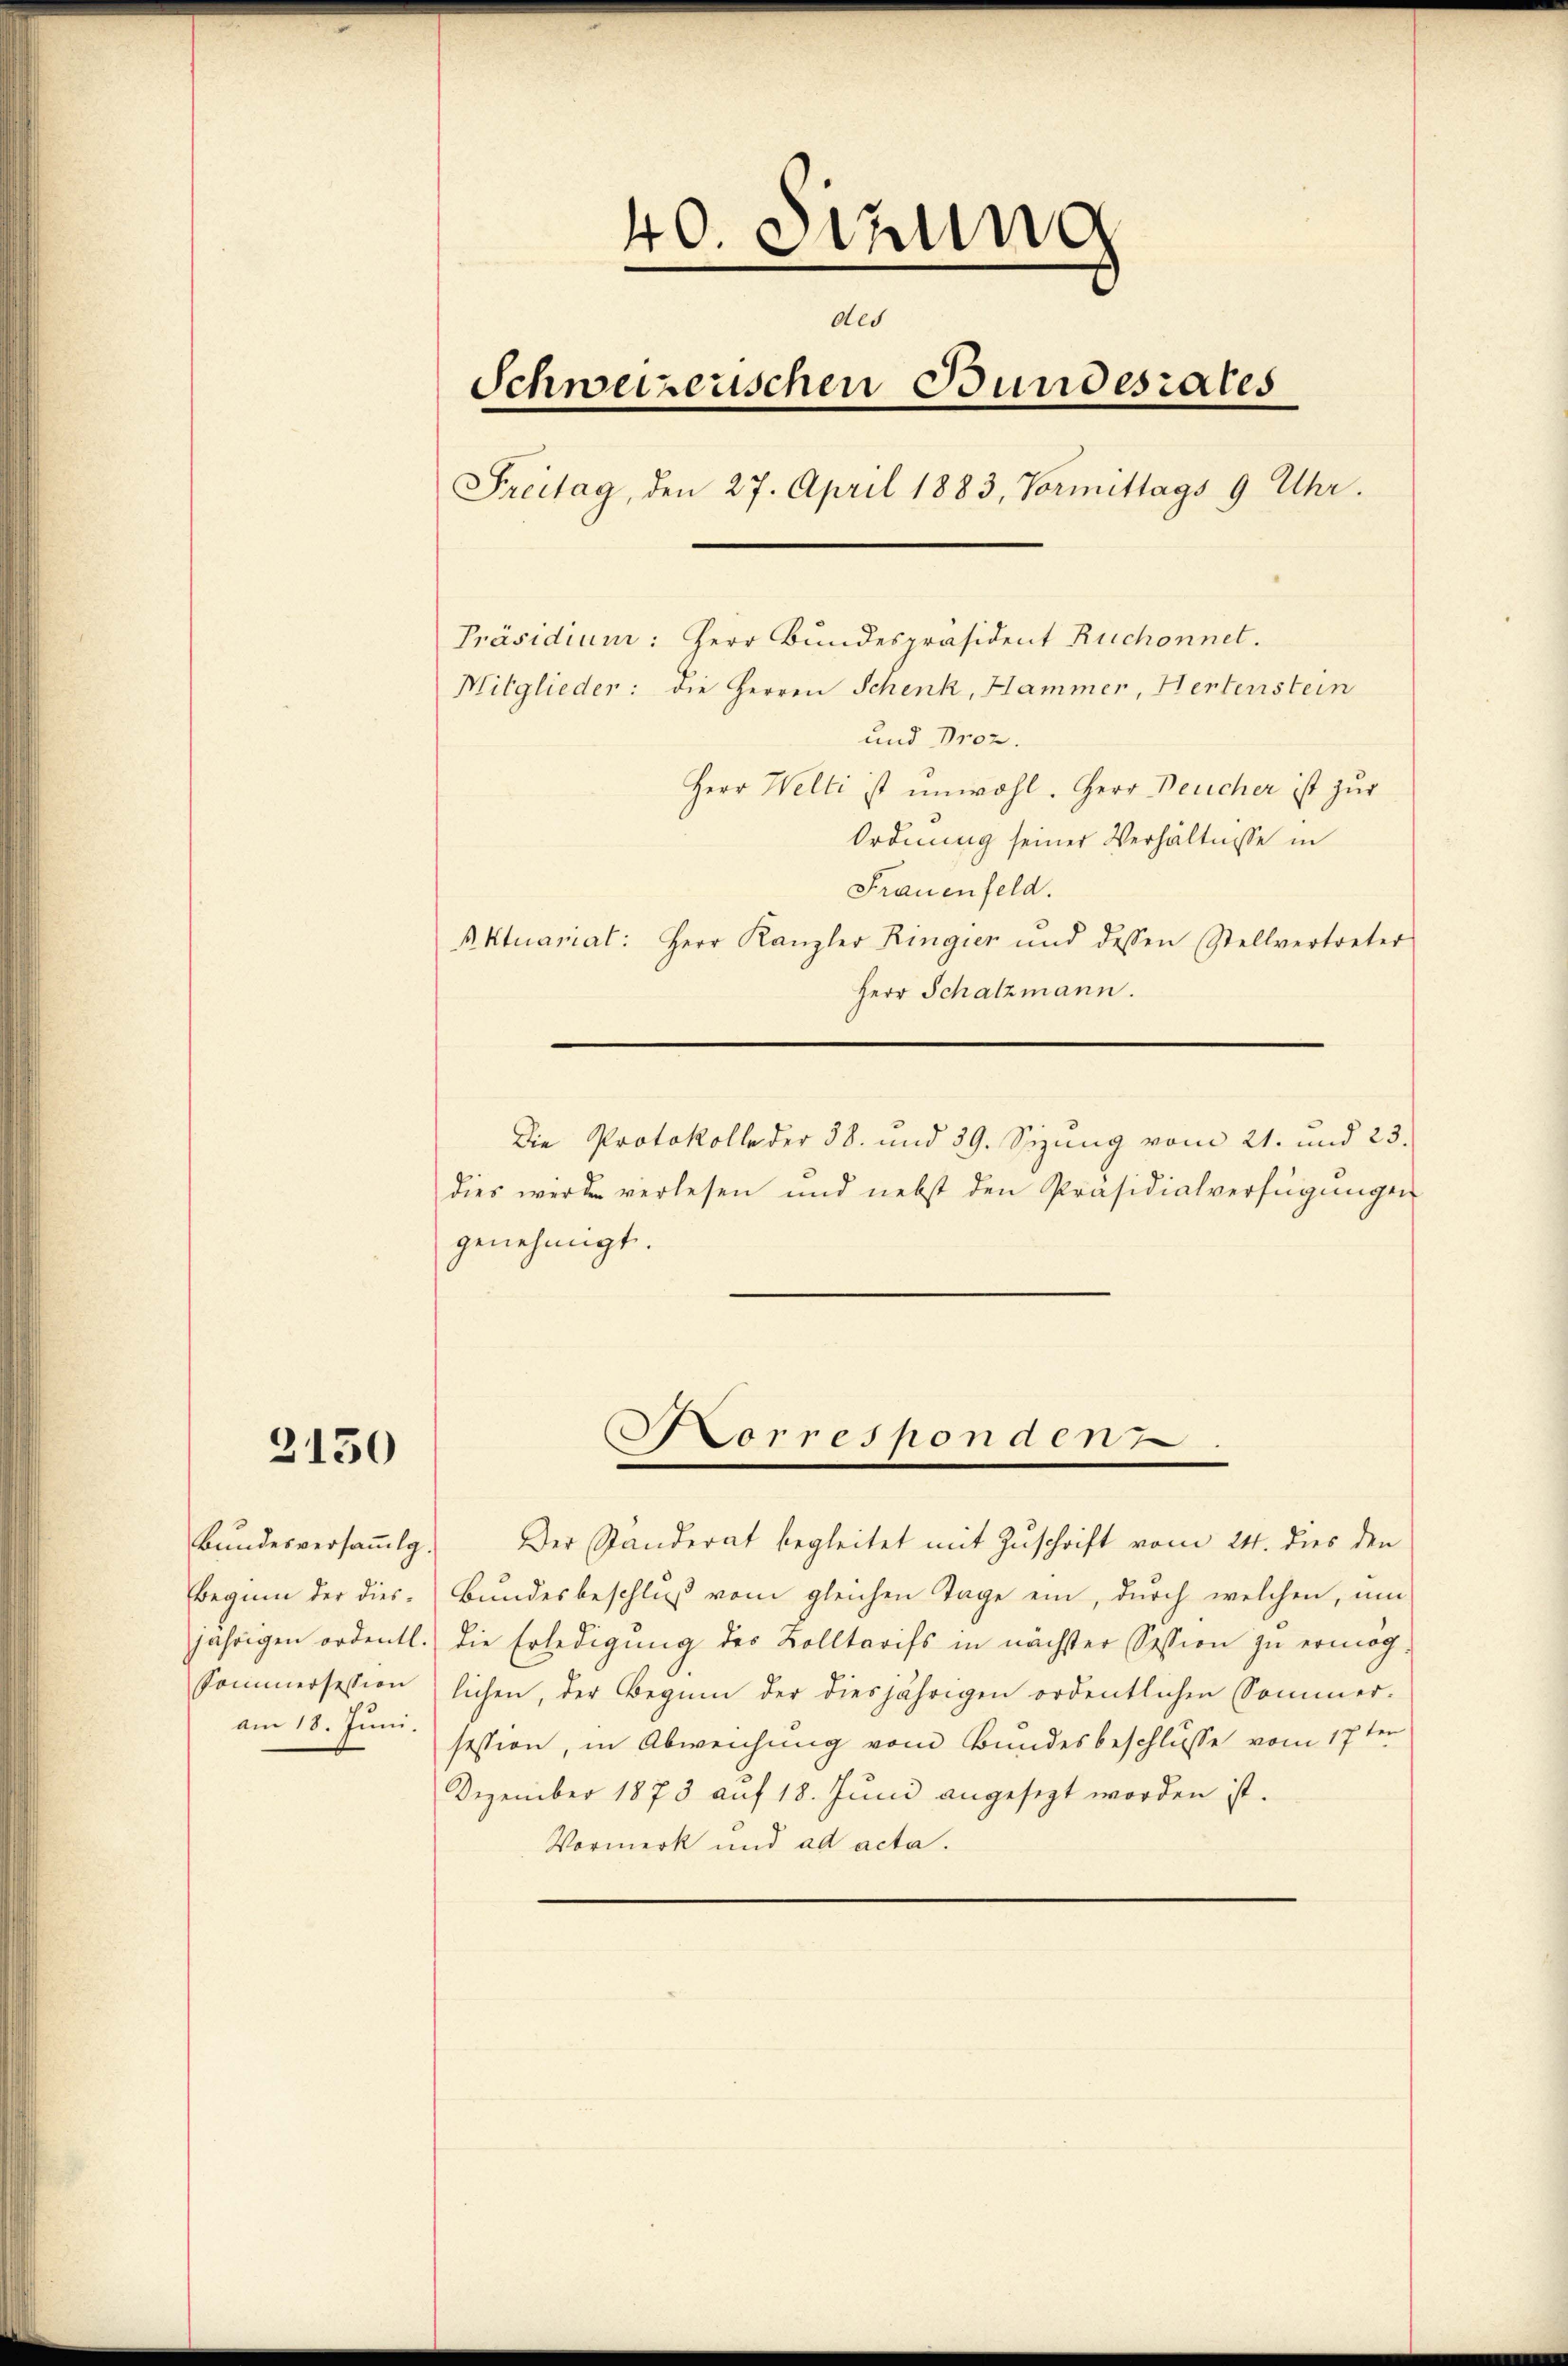
2150

Bundesversamlg.
Beginn der diesjährigen ordentl.
Sommersession
am 18. Juni.

40. Sekung
des
Schweizerischen Bundesrates
Freitag, den 27. April 1883, Vormittags 9 Uhr.
Präsidium: Herr Bundespräsident Ruchonnet.
Mitglieder: die Herren Schenk, Hammer, Hertenstein
und Proz.
Herr Welti ist unwohl. Herr Deucher ist zur
Ordnung seiner Verhältnisse in
Frauenfeld.
Aktuarial: Herr Kanzler Ringier und dessen Stellvertreter

Herr Schatzmann.
Die Protokolle der 38. und 39. Sizung vom 21. und 23.
dies werde verlesen und nebst den Präsidialverfügungen
genehmigt.

Korrespondenz

Der Standerat begleitet mit Zuschrift vom 24. dies den
Bundesbeschluß vom gleichen Tage ein, durch welchen, um
die Erledigung des Kolltarifs in nächster Session zu ermög
lichen, der Beginn der diesjährigen ordentlichen Sommer-
session, in Abweichung vom Bundesbeschlusse vom 17ten
Dezember 1873 auf 18. Juni angesezt worden ist.
Vormerk und ad acta.